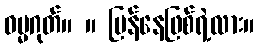
ဓမ္မဂုတ်။ ။ ပြန်နေဖြစ်ရဲ့လား။